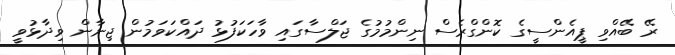
ރޭ ބޭއްވި ޕީއެންސީގެ ކޮންގްރެސް ނިންމުމުގެ ޖަލްސާގައި ވާހަކަފުޅު ދައްކަވަމުން ޖިނާން ވިދާޅުވީ